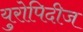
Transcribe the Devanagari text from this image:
युरोपिदीज